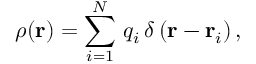
\rho ( \mathbf { r } ) = \sum _ { i = 1 } ^ { N } \, q _ { i } \, \delta \left( \mathbf { r } - \mathbf { r } _ { i } \right) ,